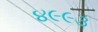
૪૯૯૩